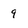
Character: 9